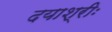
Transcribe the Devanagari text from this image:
दयाश्रीः